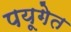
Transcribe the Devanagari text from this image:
पयूगेत